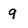
Character: q